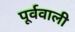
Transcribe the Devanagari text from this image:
पूर्ववाली